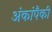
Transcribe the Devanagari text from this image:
अंकांपैकी